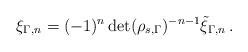
LaTeX: \begin{align*}\xi_{\Gamma,n}=(-1)^n\det(\rho_{s,\Gamma})^{-n-1}\tilde\xi_{\Gamma,n}\,.\end{align*}